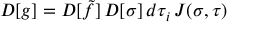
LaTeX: { \cal D } [ g ] = { \cal D } [ \tilde { f } ] \, { \cal D } [ \sigma ] \, d \tau _ { i } \, J ( \sigma , \tau )